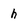
Character: h